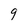
Character: 9